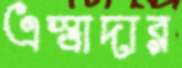
এস্ত্রাদার